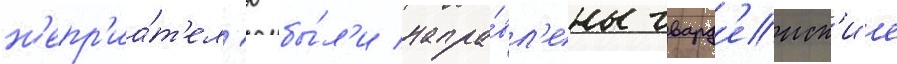
н'епр'иа́т'ел'ю бы́л'и напра́вл'ены гвард'еиск'ие